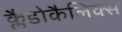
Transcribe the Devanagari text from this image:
क्लैडोकैलिक्स